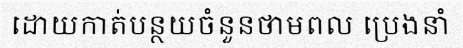
ដោយកាត់បន្ថយចំនួនថាមពល ប្រេងនាំ